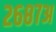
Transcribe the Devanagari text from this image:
२६८७अ